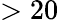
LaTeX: >20